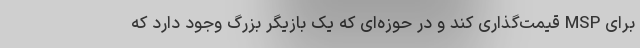
برای MSP قیمت‌گذاری کند و در حوزه‌ای که یک بازیگر بزرگ وجود دارد که